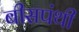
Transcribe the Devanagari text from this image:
बीसपंथी